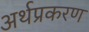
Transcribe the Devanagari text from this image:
अर्थप्रकरण